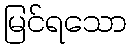
မြင်ရသော